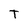
Character: T